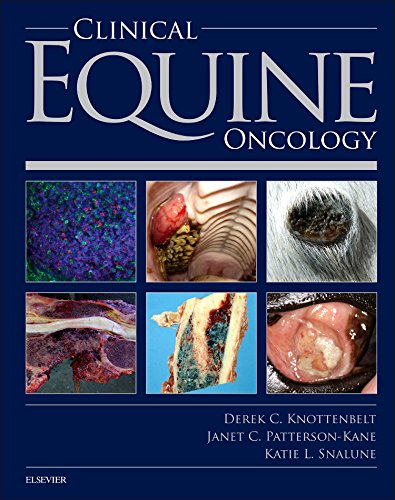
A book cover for Clinical Equine Oncology, 1e; Derek C. Knottenbelt OBE  BVM&S  DVM&S  Dip ECEIM  MRCVS; Medical Books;